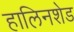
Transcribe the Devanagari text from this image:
हालिनशेड